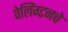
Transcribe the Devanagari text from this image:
वेलिंग्टनचे